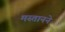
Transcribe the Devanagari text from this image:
मस्तानने